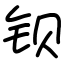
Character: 钡